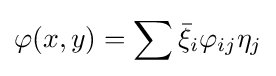
\varphi (x,y)=\sum {\bar {\xi }}_{i}\varphi _{ij}\eta _{j}